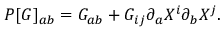
P [ G ] _ { a b } = G _ { a b } + G _ { i j } \partial _ { a } X ^ { i } \partial _ { b } X ^ { j } .